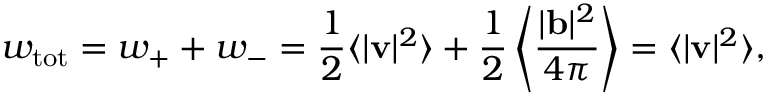
w _ { \mathrm { t o t } } = w _ { + } + w _ { - } = \frac { 1 } { 2 } \langle | { \bf v } | ^ { 2 } \rangle + \frac { 1 } { 2 } \left\langle \frac { | { \bf b } | ^ { 2 } } { 4 \pi } \right\rangle = \langle | { \bf v } | ^ { 2 } \rangle ,